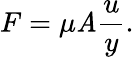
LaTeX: F=\mu\mathit{A}{\frac{{u}}{{y}}}.